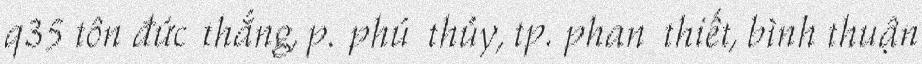
q35 tôn đức thắng, p. phú thủy, tp. phan thiết, bình thuận